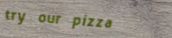
try our pizza